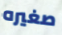
صغيره